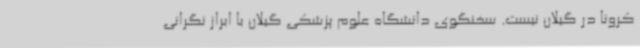
کرونا در گیلان نیست. سخنگوی دانشگاه علوم پزشکی گیلان با ابراز نگرانی